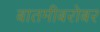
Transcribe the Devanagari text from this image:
बातमीबरोबर